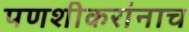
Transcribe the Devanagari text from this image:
पणशीकरांनाच